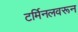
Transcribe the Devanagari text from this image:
टर्मिनलवरून